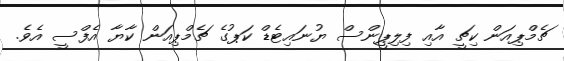
ޗެމްޕިއަން ކިޗީ އާއި ފިލިޕީންސް ޔުނައިޓެޑް ކަޕުގެ ޗެމްޕިއަން ކާޔާ އެފްސީ އެވެ.